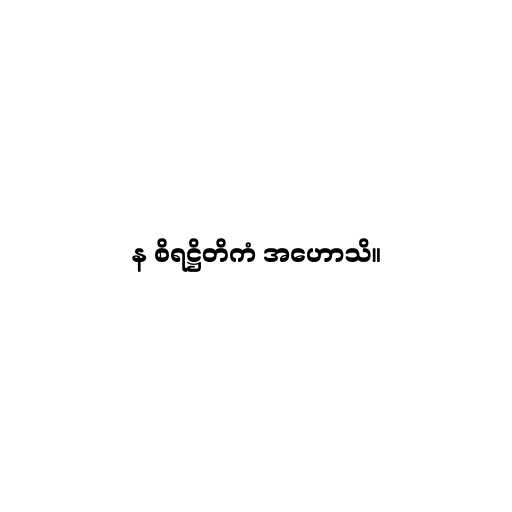
န စိရဋ္ဌိတိကံ အဟောသိ။